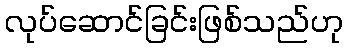
လုပ်ဆောင်ခြင်းဖြစ်သည်ဟု